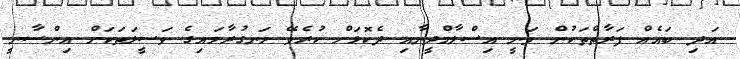
އަދި ބައެއް ފަރާތްތަކުން ވަނީ އިސްލާމްދީނާއި ދެކޮޅަށް ކުރެވޭ ހަނގުރާމައިގެ ވަސީލަތަކަށް އިންސާނީ